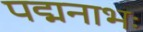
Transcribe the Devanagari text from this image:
पद्मनाभः